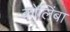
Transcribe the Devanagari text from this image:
कोलिंबा